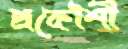
প্রকৌশী